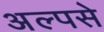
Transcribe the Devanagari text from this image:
अल्पसे